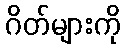
ဂိတ်များကို